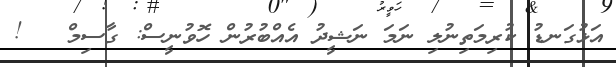
އަޅުގަނޑު ކުރިމަތިނުލި ނަމަ ނަޝީދު އެއްބުރުން ހޮވުނީސް: ގާސިމް   !